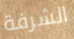
الشرفة